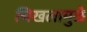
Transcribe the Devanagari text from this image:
चिखलामुळे